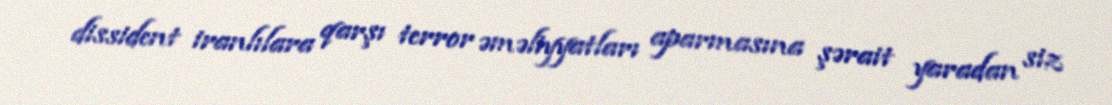
dissident iranlılara qarşı terror əməliyyatları aparmasına şərait yaradan siz